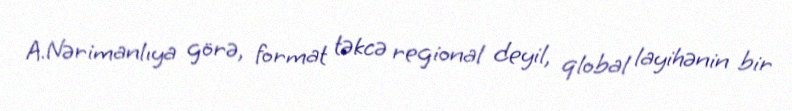
A.Nərimanlıya görə, format təkcə regional deyil, qlobal layihənin bir